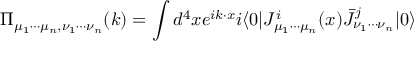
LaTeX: \Pi _ { \mu _ { 1 } \cdots \mu _ { n } , \nu _ { 1 } \cdots \nu _ { n } } ( k ) = \int d ^ { 4 } x e ^ { i k \cdot x } i \langle 0 | J _ { \mu _ { 1 } \cdots \mu _ { n } } ^ { i } ( x ) \bar { J } _ { \nu _ { 1 } \cdots \nu _ { n } } ^ { j } | 0 \rangle